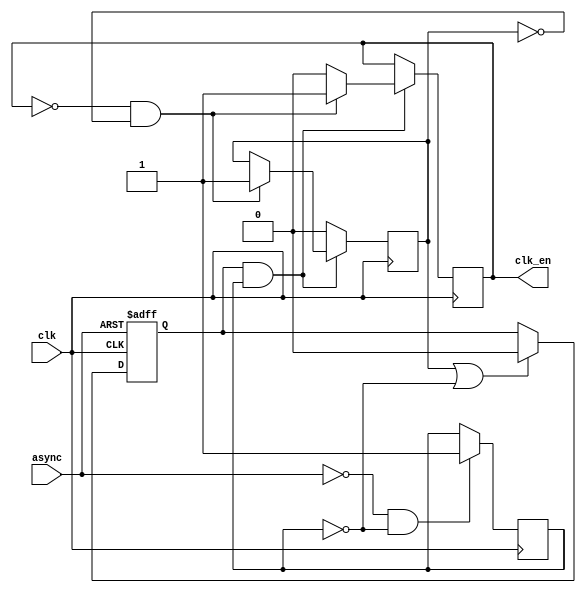
module async2sync(
	input async,
	input clk,
	output reg clk_en = 0
	);

	reg async_r;
	always @(posedge clk or posedge async)
		if (async)
			async_r <= 1'b1;
		else if (done || !init_done)
			async_r <= 0;

	reg done = 0;
	reg init_done = 0;
	
	always @(posedge clk) begin
		if (!async && !init_done)
			init_done <= 1;
			
		if (async_r && init_done)
			if (!clk_en && !done) begin
				clk_en <= 1;
				done <= 1;
			end
			else
				clk_en <= 0;
		else
			done <= 0;
	end
	
endmodule